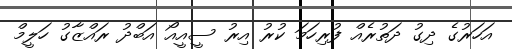
އަހަރުގެ ދިގު ދަތުރެއް ފުރިހަމަ ކުރު އިރު ސީއީއޯ އަބްދު ރައްޒާގު ހަލީމް